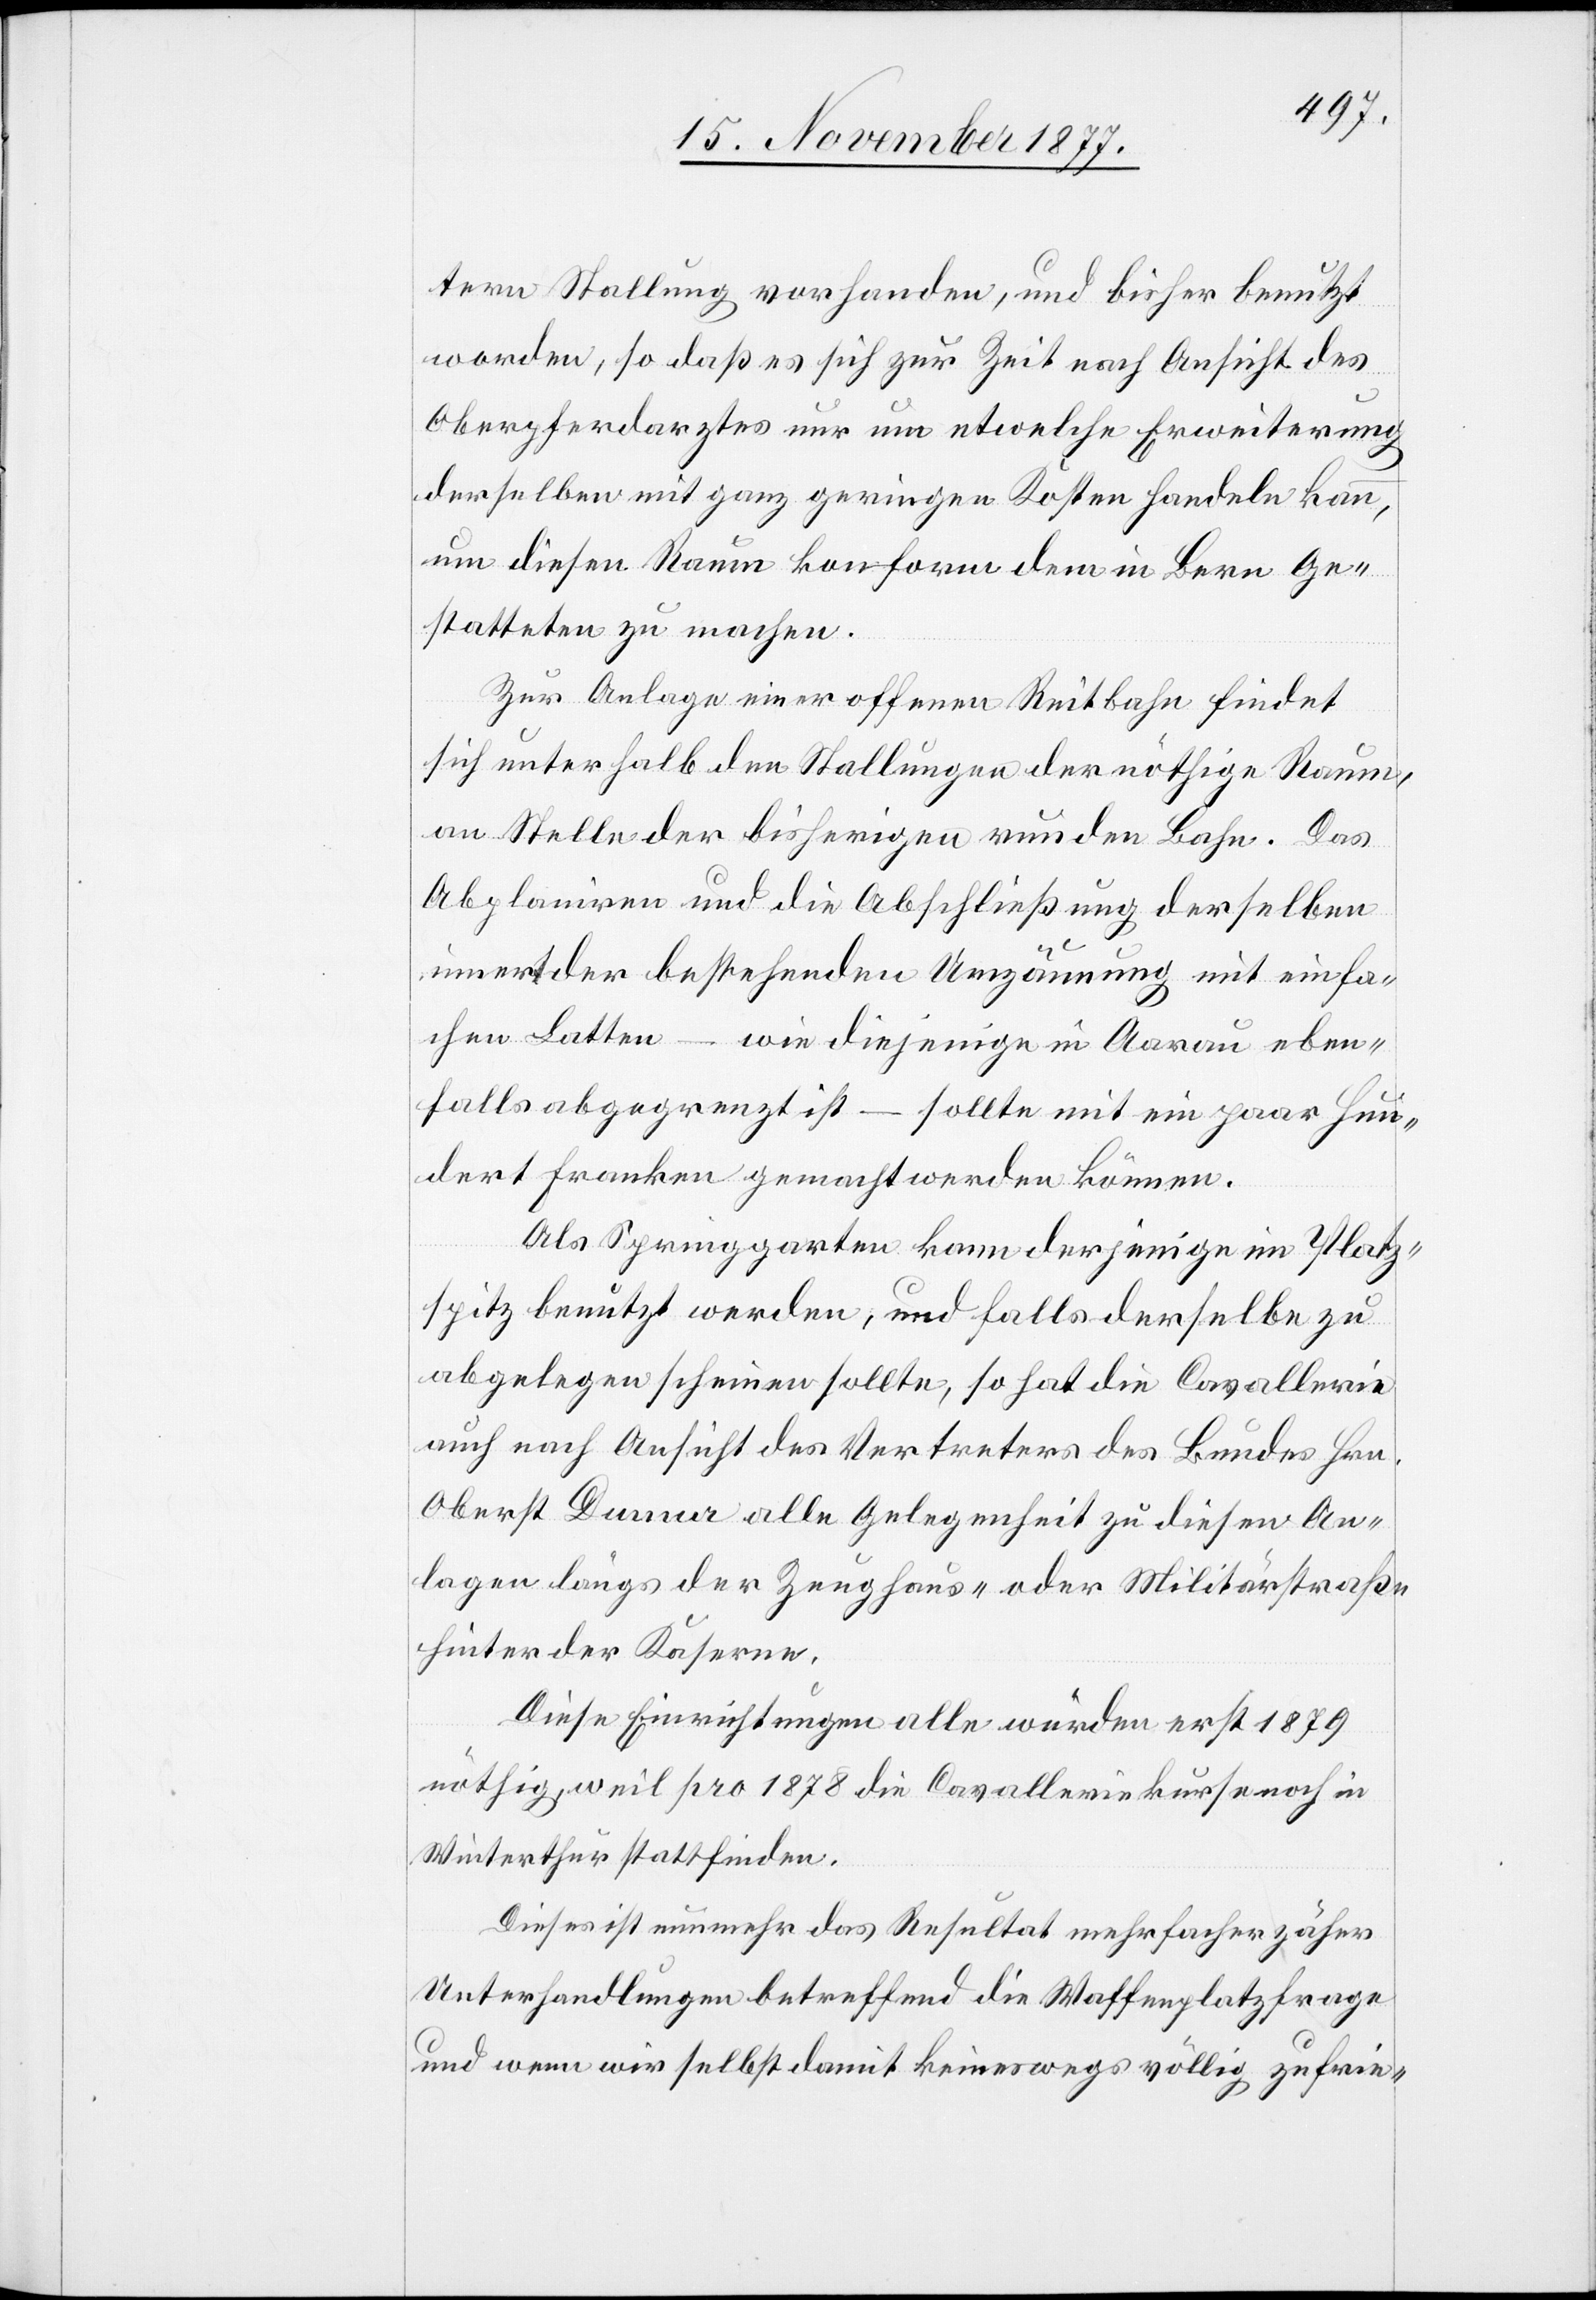
tern Stallung vorhanden, und bisher benutzt
worden, so daß es sich zur Zeit nach Ansicht des
Oberpferdarztes nur um etwelche Erweiterung
derselben mit ganz geringen Kosten handeln kann,
um diesen Raum konform dem in Bern Ge¬
statteten zu machen.
Zur Anlage einer offenen Reitbahn findet
sich unterhalb den Stallungen der nöthige Raum,
an Stelle der bisherigen runden Bahn. Das
Abplaniren und die Abschließung derselben
innert der bestehenden Umzäunung mit einfa¬
chen Latten – wie diejenige in Aarau eben¬
falls abgegrenzt ist – sollte mit ein paar Hun¬
dert Franken gemacht werden können.
Als Springgarten kann derjenige im Platz¬
spitz benutzt werden, und falls derselbe zu
abgelegen scheinen sollte, so hat die Cavallerie
auch nach Ansicht des Vertreters des Bundes Hrn.
Oberst Dumur alle Gelegenheit zu diesen An¬
lagen längs der Zeughaus- oder Militärstraße
hinter der Kaserne.
Diese Einrichtungen alle würden erst 1879
nöthig, weil pro 1878 die Cavalleriekurse noch in
Winterthur stattfinden.
Dieses ist nunmehr das Resultat mehrfacher zäher
Unterhandlungen betreffend die Waffenplatzfrage
und wenn wir selbst damit keineswegs völlig zufrie-